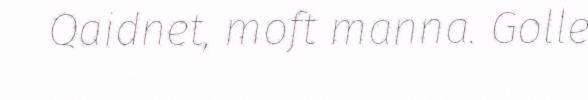
Qaidnet, moft manna. Golle